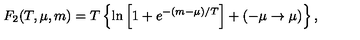
F _ { 2 } ( T , \mu , m ) = T \left\{ \ln \left[ 1 + e ^ { - ( m - \mu ) / T } \right] + ( - \mu \to \mu ) \right\} ,